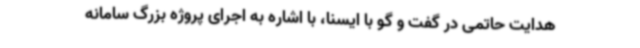
هدایت حاتمی در گفت و گو با ایسنا، با اشاره به اجرای پروژه بزرگ سامانه